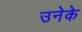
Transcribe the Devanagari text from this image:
उनेके